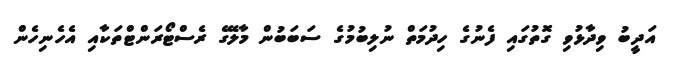
އަދީބު ވިދާޅުވި ގޮތުގައި ފެނުގެ ހިދުމަތް ނުލިބުމުގެ ސަބަބުން މާލޭގެ ރެސްޓޯރަންޓްތަކާއި އެހެނިހެން